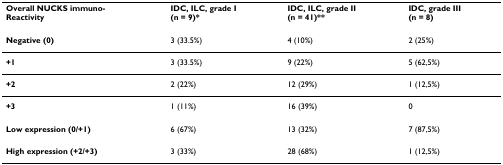
| Overall NUCKS immuno-Reactivity | IDC, ILC, grade I (n = 9)* | IDC, ILC, grade II (n = 41)** | IDC, grade III (n = 8) |
 | --- | --- | --- | --- |
 | Negative (0) | 3 (33.5%) | 4 (10%) | 2 (25%) |
 | +1 | 3 (33.5%) | 9 (22%) | 5 (62,5%) |
 | +2 | 2 (22%) | 12 (29%) | 1 (12,5%) |
 | +3 | 1 (11%) | 16 (39%) | 0 |
 | Low expression (0/+1) | 6 (67%) | 13 (32%) | 7 (87,5%) |
 | High expression (+2/+3) | 3 (33%) | 28 (68%) | 1 (12,5%) |